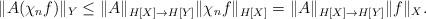
LaTeX: \begin{align*}\|A(\chi_nf)\|_Y\leq \|A\|_{H[X]\to H[Y]}\|\chi_n f\|_{H[X]}= \|A\|_{H[X]\to H[Y]}\|f\|_{X}.\end{align*}